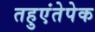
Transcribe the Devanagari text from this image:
तहुएंतेपेक